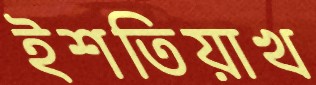
ইশতিয়াখ